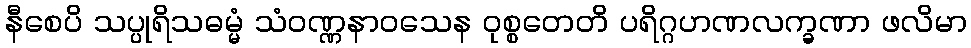
နီစေပိ သပ္ပုရိသဓမ္မံ သံဝဏ္ဏနာဝသေန ဝုစ္စတေတိ ပရိဂ္ဂဟဏလက္ခဏာ ဖလိမာ